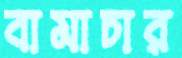
বামাচার